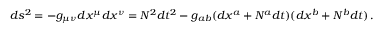
d s ^ { 2 } = - g _ { \mu \nu } d x ^ { \mu } d x ^ { \nu } = N ^ { 2 } d t ^ { 2 } - g _ { a b } ( d x ^ { a } + N ^ { a } d t ) ( d x ^ { b } + N ^ { b } d t ) \, .